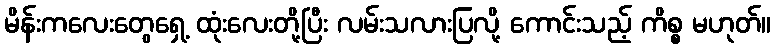
မိန်းကလေးတွေရှေ့ ထုံးလေးတို့ပြီး လမ်းသလားပြလို့ ကောင်းသည့် ကိစ္စ မဟုတ်။